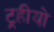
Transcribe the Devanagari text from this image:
ट्रहीयो